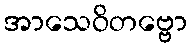
အာသေဝိတဗ္ဗော